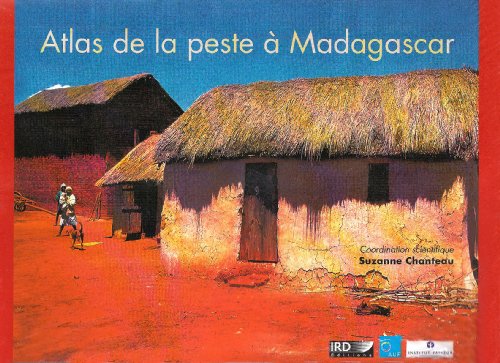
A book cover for Atlas de la peste ÃEÂ  Madagascar (French Edition); Suzanne Chanfeau; Travel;